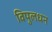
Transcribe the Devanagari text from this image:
विपुलधन